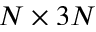
N \times 3 N